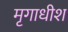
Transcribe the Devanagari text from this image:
मृगाधीश